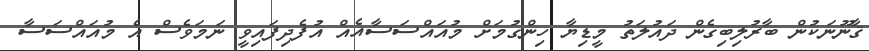
ޤާނޫނަކުން ބާރުލިބިގެން ދައުލަތު މީޑިޔާ ހިންގުމަށް މުއައްސަސާއެއް އުފެދިފައިވީ ނަމަވެސް އެ މުއައްސަސާ